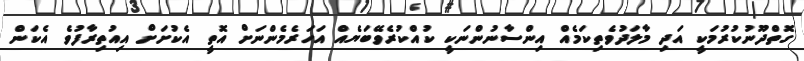
ގޮތްދޫނުކުރުމަކީ އަދި މާލަދުވެތިކަމެއް އިންސާނުންނަކީ ކުއްކުރެވޭބަޔެއް އަހަރެމެންނަށް އޮތީ އެކުށަށް އިއުތިރާފުވެ އެކަން